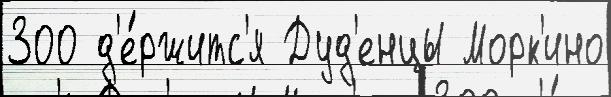
300 д'е́ржитс'я Дуд'енцы Морк'ино